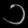
Digit: ၁